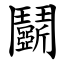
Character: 鬬